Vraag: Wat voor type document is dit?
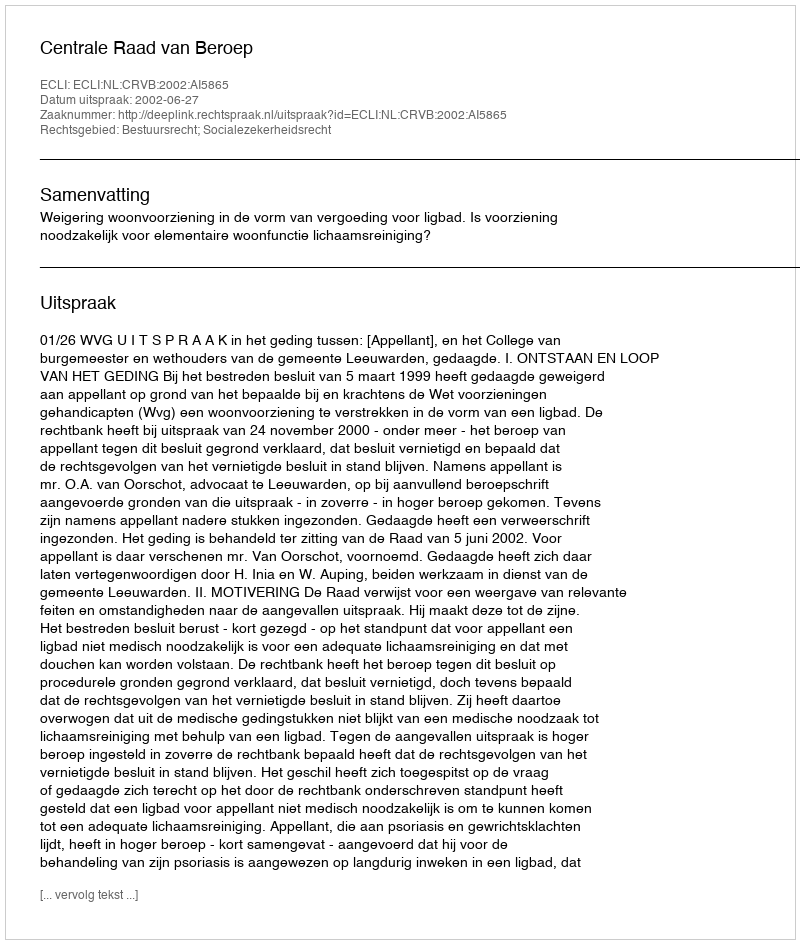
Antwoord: Uitspraak